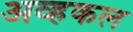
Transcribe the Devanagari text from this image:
अव्हकल